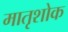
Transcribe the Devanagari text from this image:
मातृशोक